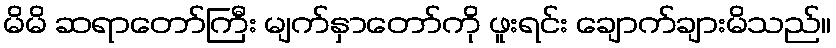
မိမိ ဆရာတော်ကြီး မျက်နှာတော်ကို ဖူးရင်း ချောက်ချားမိသည်။